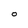
Character: O